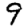
Digit: 9